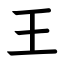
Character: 王